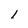
Character: 1